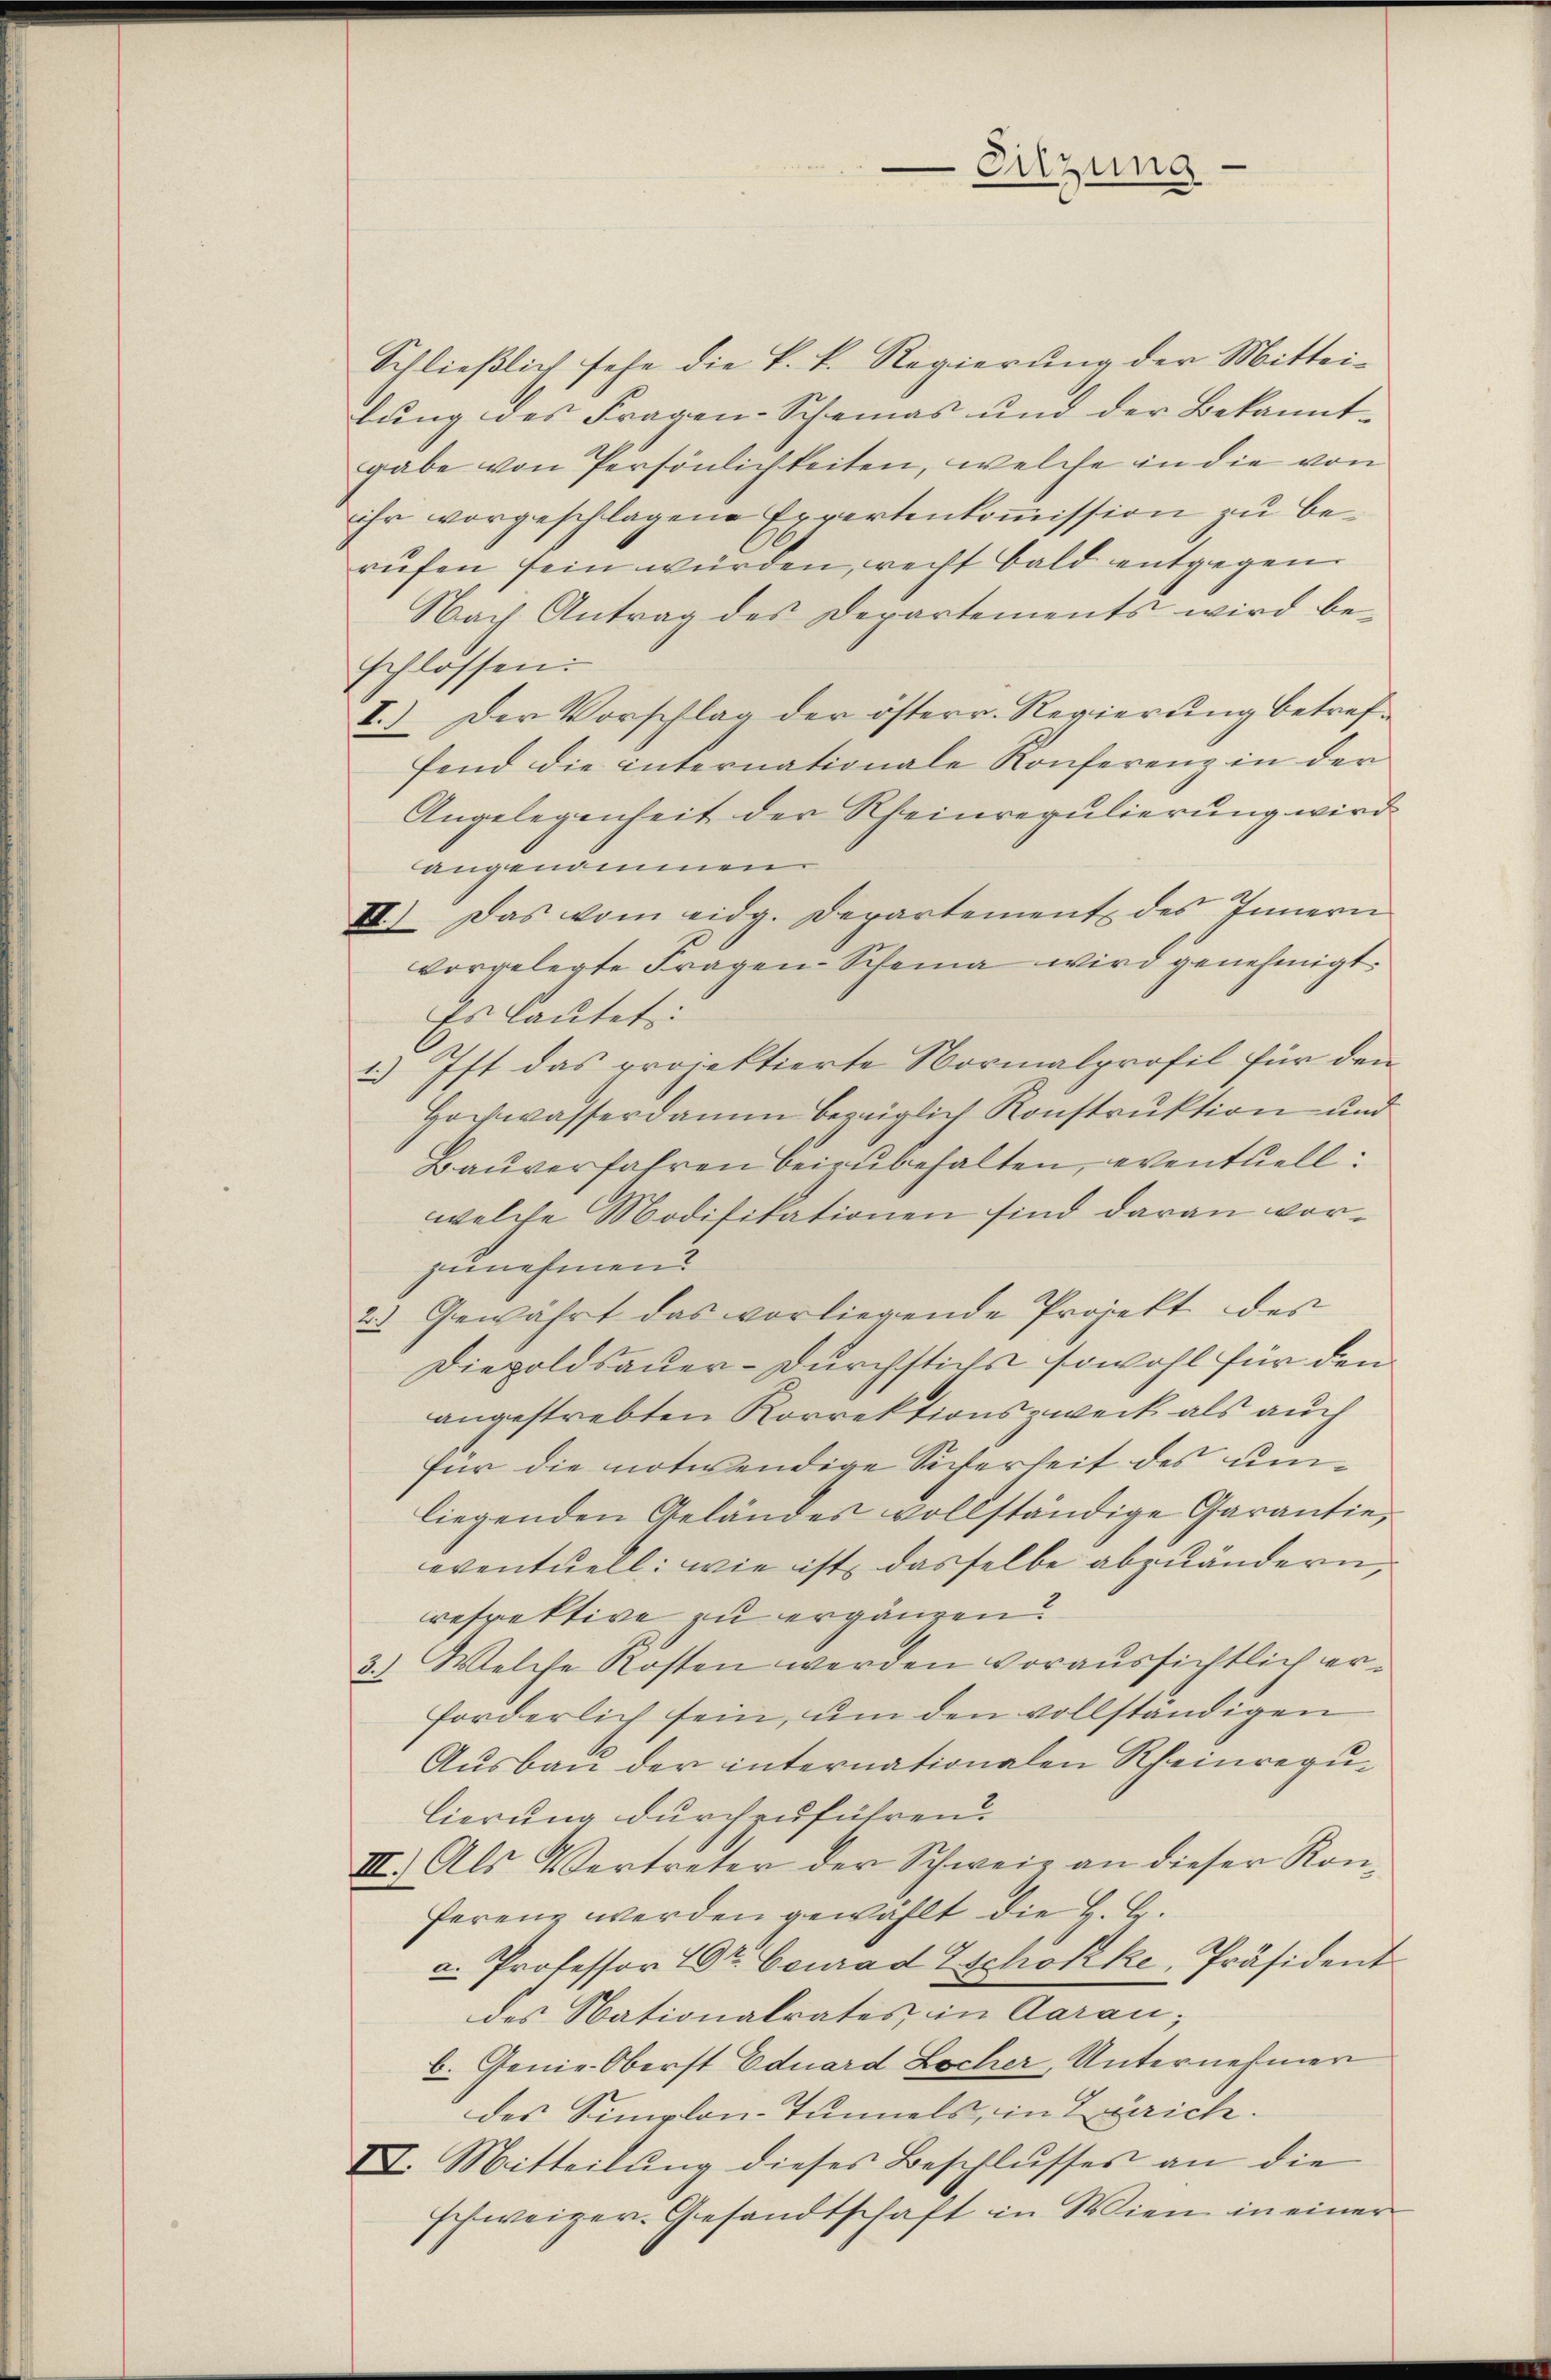
Schließlich sehe die k. k. Regierung der Mittei-
lŭng des Fragen Scheinas und der Bekannt-
gabe von Persönlichkeiten, welche in die von
ihr vorgeschlagene Expertenkoṁission zu berufen sein würden, recht bald entgegen
Nach Antrag des Departements wird be-
schlossen:
I.) Der Vorschlag der österr. Regierung betreffend die internationale Konferenz in der
Angelegenheit der Rheinregulierung wird.
angenommen.
I) Das vom eidg. Departement des Innern
vorgelegte Fragen-Scheina wird genehmigt.
Es lautet:
2.) Ist das projektierte Normalprofil für den
Hochwasserdamm bezaiglich Konstruktion und
Bauverfahren beizubehalten, eventuell:
welche Modifikationen sind daran vorzunehmen?
2) Gewährt das vorliegende Projekt des
Diepoldsauer-Durchstichs sowohl für den
angestrebten Korrektionszweck als auch
für die notwendige Sicherheit des unliegenden Geländes vollständige Garantie,
eventuell: wie ist dasselbe abzuändern,
refrektive zu ergänzen?
3.) Welche Kosten werden voraussichtlich erforderlich sein, um den vollständigen
Ausbau der internationalen Rheinregulierung durchzuführen
III. Als Vertreter der Schweiz an dieser Kon-
ferenz werden gewählt die H. G.
u. Professor Dr. Ceurad Eschokke, Präsident
des Nationalrates, in Aarau;
b. Genie Oberst Eduard Locher, Unternehmen
des Simplon-Tunnels, in Zürich.
II. Mitteilŭng dieses Beschlŭsses an die
schweizer-Gesandtschaft in Wien in einer

Sitzung